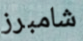
شامبرز